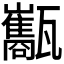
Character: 𤮰